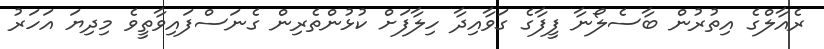
ރެއާލްގެ އިތުރުން ބާސެލޯނާ ފީފާގެ ގަވާއިދާ ހިލާފަށް ކުޅުންތެރިން ގެނަސްފައިވާތީވެ މިދިޔަ އަހަރު